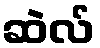
ဆဲလ်